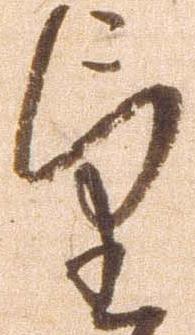
望